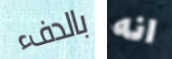
بالدفء انه